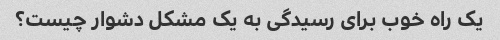
یک راه خوب برای رسیدگی به یک مشکل دشوار چیست؟